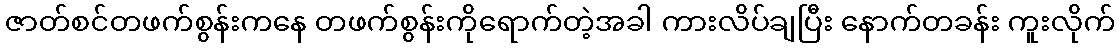
ဇာတ်စင်တဖက်စွန်းကနေ တဖက်စွန်းကိုရောက်တဲ့အခါ ကားလိပ်ချပြီး နောက်တခန်း ကူးလိုက်